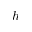
h